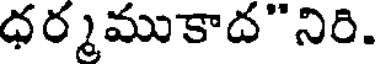
ధర్మముకాద"నిరి.